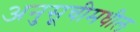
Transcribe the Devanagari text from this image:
अनुसूचीमधील